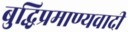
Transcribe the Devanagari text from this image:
बुद्धिप्रमाण्यवादी